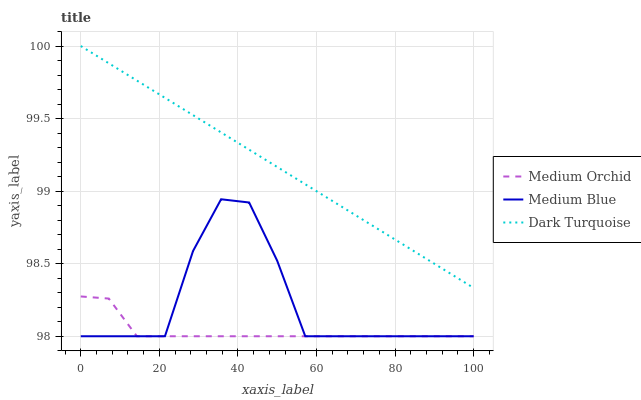
| xaxis_label | Medium Orchid | Medium Blue | Dark Turquoise |
 | --- | --- | --- | --- |
 | 0 | 98.3 | 98 | 100 |
 | 7.14 | 98.3 | 98 | 99.9 |
 | 14.3 | 98 | 98 | 99.8 |
 | 21.4 | 98 | 98 | 99.6 |
 | 28.6 | 98 | 98.6 | 99.5 |
 | 35.7 | 98 | 98.9 | 99.4 |
 | 42.9 | 98 | 98.9 | 99.3 |
 | 50 | 98 | 98.5 | 99.2 |
 | 57.1 | 98 | 98 | 99 |
 | 64.3 | 98 | 98 | 98.9 |
 | 71.4 | 98 | 98 | 98.8 |
 | 78.6 | 98 | 98 | 98.7 |
 | 85.7 | 98 | 98 | 98.6 |
 | 92.9 | 98 | 98 | 98.5 |
 | 100 | 98 | 98 | 98.3 |